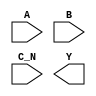
module sky130_fd_sc_hs__nor3b (
    //# {{data|Data Signals}}
    input  A  ,
    input  B  ,
    input  C_N,
    output Y
);

    // Voltage supply signals
    supply1 VPWR;
    supply0 VGND;

endmodule